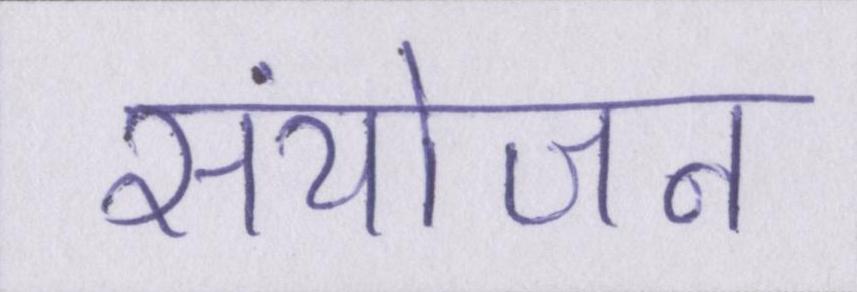
संयोजन